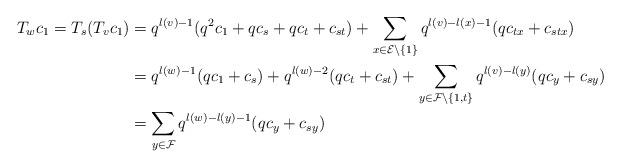
LaTeX: \begin{align*}T_wc_1=T_s(T_vc_1)&=q^{l(v)-1}(q^2c_1+qc_s+qc_t+c_{st})+\sum_{x\in\mathcal{E}\setminus\{1\}}q^{l(v)-l(x)-1}(qc_{tx}+c_{stx})\\&=q^{l(w)-1}(qc_1+c_s)+q^{l(w)-2}(qc_t+c_{st})+\sum_{y\in\mathcal{F}\setminus\{1,t\}}q^{l(v)-l(y)}(qc_{y}+c_{sy})\\&=\sum_{y\in\mathcal{F}}q^{l(w)-l(y)-1}(qc_{y}+c_{sy})\end{align*}